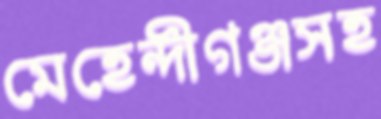
মেহেন্দীগঞ্জসহ